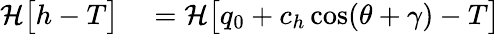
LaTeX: \begin{array}{rl}{\mathcal{H}\big[h-T\big]}&{{}=\mathcal{H}\big[q_{0}+c_{h}\cos(\theta+\gamma)-T\big]}\end{array}